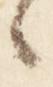
々